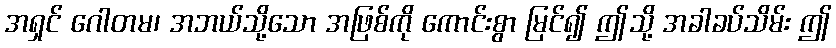
အရှင် ဂေါတမ၊ အဘယ်သို့သော အဖြစ်ကို ကောင်းစွာ မြင်၍ ဤသို့ အခါခပ်သိမ်း ဤ